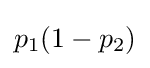
p_{1}(1-p_{2})